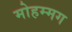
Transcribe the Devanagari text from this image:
मोहम्मग